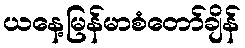
ယနေ့မြန်မာစံတော်ချိန်